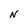
Character: N